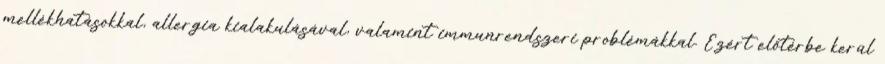
mellékhatásokkal, allergia kialakulásával, valamint immunrendszeri problémákkal. Ezért előtérbe kerül